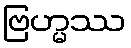
ဗြဟ္မဿ